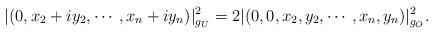
LaTeX: \begin{align*} |(0,x_2+iy_2,\cdots,x_n+iy_n)|^2_{g_U} = 2|(0,0,x_2,y_2,\cdots,x_n,y_n)|^2_{g_O}.\end{align*}